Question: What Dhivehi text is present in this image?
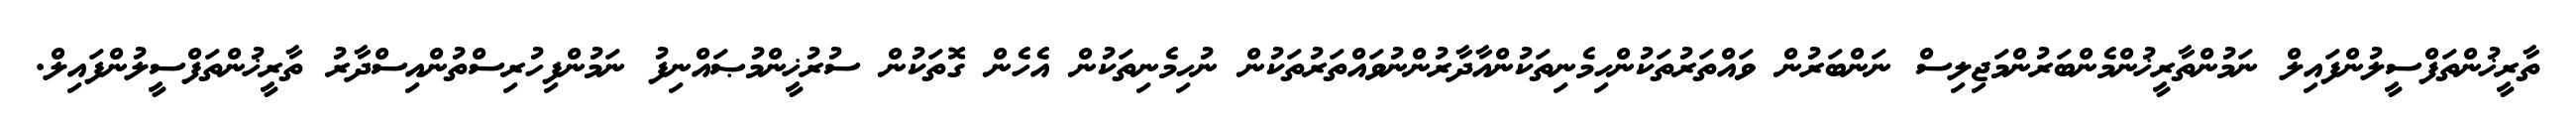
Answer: ތާރީޚުންތަފްސީލުންފައިލް ނަމުންތާރީޚުންމެންބަރުންމަޖިލިސް ނަންބަރުން ވައްތަރުތަކުންހިމެނިތަކުންއާދާރުންނުވައްތަރުތަކުން ނުހިމެނިތަކުން އެހެން ގޮތަކުން ސުރުޚީންމުޞައްނިފު ނަމުންފިހުރިސްތުންއިސްދާރު ތާރީޚުންތަފްސީލުންފައިލް.